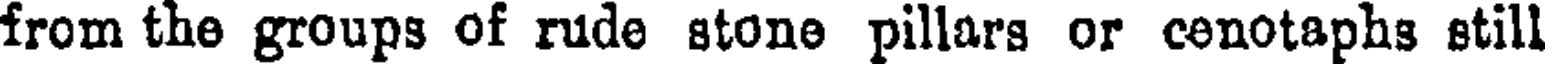
from the groups of rude stone pillars or cenotaphs still